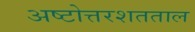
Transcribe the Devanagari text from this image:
अष्टोत्तरशतताल